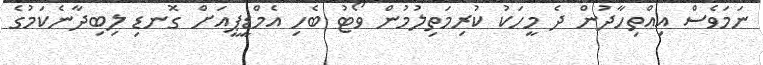
ނަމަވެސް އިއްތިހާދުން ދެ މީހަކު ކުރިމަތިލުމުން ވޯޓު ބެހި އެމްޑީޕީއަށް ގޮނޑި ލިބިދާނެކަމުގެ